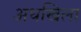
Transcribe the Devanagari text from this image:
अधखिला